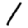
Digit: 1